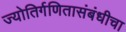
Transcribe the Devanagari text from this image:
ज्योतिर्गणितासंबंधीचा